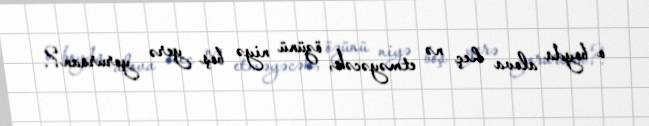
o boyda alova heç nə etməyəcək, özünü niyə boş yerə yorursan?.